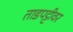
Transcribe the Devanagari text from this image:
ताडपट्टीवर